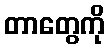
တာတွေကို